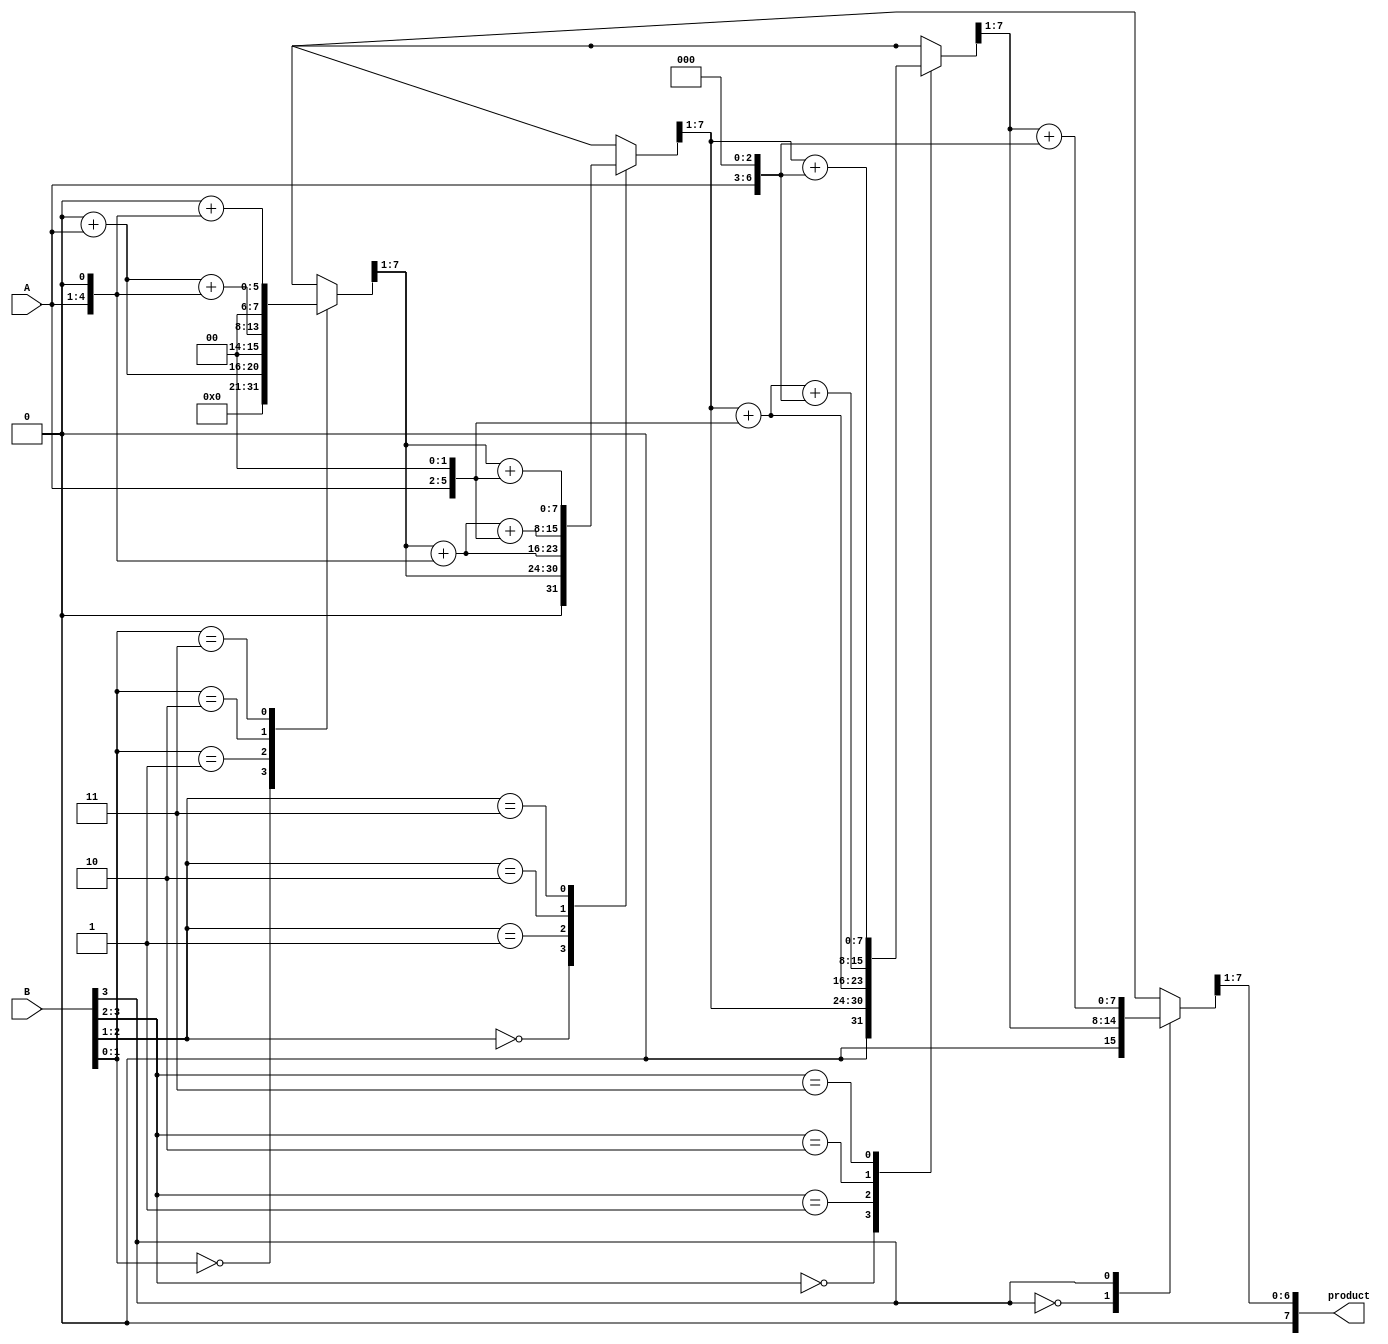
module modified_booth_multiplier #(parameter N = 4) (
    input wire [N-1:0] A,  // Multiplicand
    input wire [N-1:0] B,  // Multiplier
    output reg [2*N-1:0] product  // Product Result
);

    reg [N:0] Q;  // Multiplier with an additional bit for Booth encoding
    reg [N:0] M;  // Multiplicand A
    reg [2*N-1:0] P;  // Partial product accumulator
    integer i;  // Loop index

    always @(*) begin
        // Initialization
        P = 0;
        M = {1'b0, A};  // Extend A to N+1 bits
        Q = {1'b0, B};  // Extend B to N+1 bits
        // Booth's algorithm
        for (i = 0; i < N; i = i + 1) begin
            case (Q[1:0])
                2'b00: P = P;                      // No action
                2'b01: P = P + (M << i);           // Add M
                2'b10: P = P + (M << i) + (M << (i + 1));  // Add M + M (for 2xA)
                2'b11: P = P + (M << (i + 1));     // Add M + M (for 3xA)
                2'b10: P = P - (M << (i + 1));     // Subtract M (for -2xA)
                2'b01: P = P - (M << i);           // Subtract M (for -1xA)
                default: P = P;                    // No action
            endcase
            // Shift right
            Q = {P[0], Q[N:1]};
            P = P >> 1;
        end
        // Output final product
        product = P;
    end
endmodule